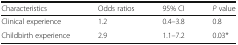
| Characteristics | Odds ratios | 95% CI | P value |
 | --- | --- | --- | --- |
 | Clinical experience | 1.2 | 0.4–3.8 | 0.8 |
 | Childbirth experience | 2.9 | 1.1–7.2 | 0.03* |